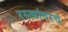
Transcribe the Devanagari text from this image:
रस्त्यांवरचे